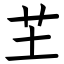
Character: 芏